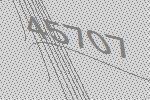
45707